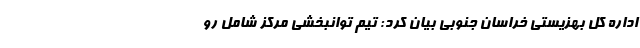
اداره کل بهزیستی خراسان جنوبی بیان کرد: تیم توانبخشی مرکز شامل رو